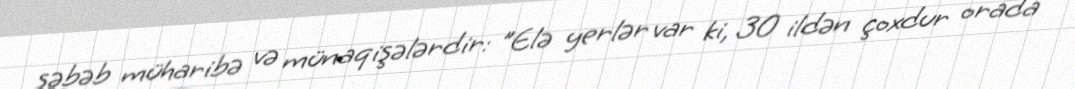
səbəb müharibə və münaqişələrdir: "Elə yerlər var ki, 30 ildən çoxdur orada